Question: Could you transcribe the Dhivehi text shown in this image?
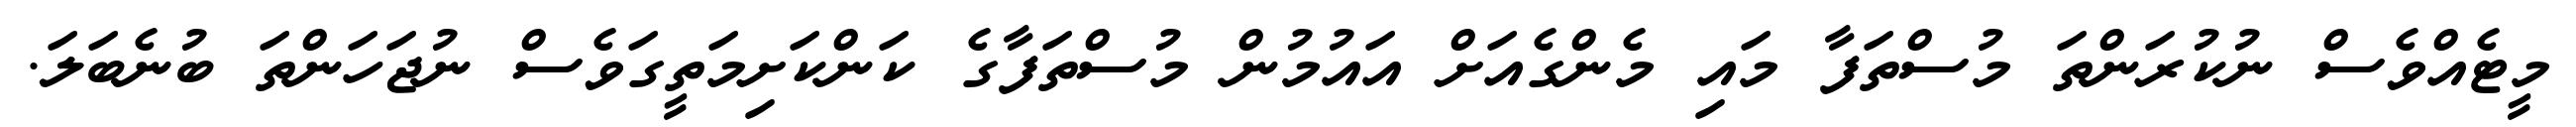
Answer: މީޓެއްވެސް ނުކުރަންތަ މުސްތަފާ މައި މެންގެއަށް އައުމުން މުސްތަފާގެ ކަންކަށިމަތީގަވެސް ނުޖަހަންތަ ބުނެބަލަ.